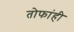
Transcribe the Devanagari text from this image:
तोफांही